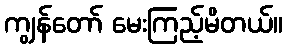
ကျွန်တော် မေးကြည့်မိတယ်။